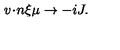
{ v \! \cdot \! n } \xi \mu \to - i J .